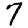
Digit: 7